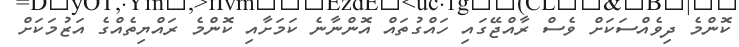
ކޮންމެ ދިވެއްސަކަށް ވެސް ރާއްޖޭގައި ހައްގުތައް އޮންނާނެ ކަމަށާއި ކޮންމެ ރައްޔިތެއްގެ އަޒުމަކަށް